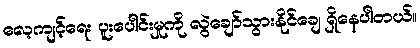
လေ့ကျင့်ရေး ပူးပေါင်းမှုကို လွဲချော်သွားနိုင်ချေ ရှိနေပါတယ်။